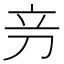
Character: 𰄦